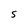
Character: 5